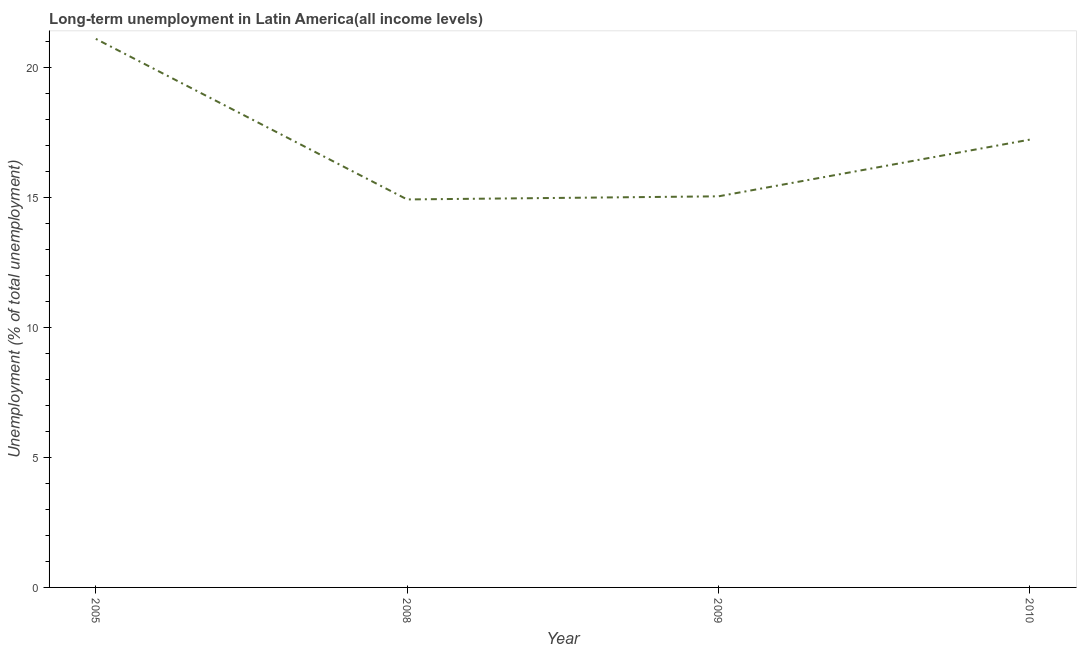
| Year | Long-term unemployment  |
 | --- | --- |
 | 2005 | 21.1 |
 | 2008 | 14.9 |
 | 2009 | 15.1 |
 | 2010 | 17.2 |